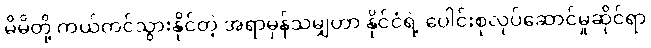
မိမိတို့ ကယ်တင်သွားနိုင်တဲ့ အရာမှန်သမျှဟာ နိုင်ငံရဲ့ ပေါင်းစုလုပ်ဆောင်မှုဆိုင်ရာ